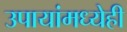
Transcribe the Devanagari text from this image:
उपायांमध्येही